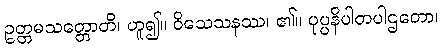
ဥတ္တမသတ္တောတိ၊ ဟူ၍။ ဝိသေသနဿ၊ ၏။ ပုပ္ပနိပါတပါဌတော၊